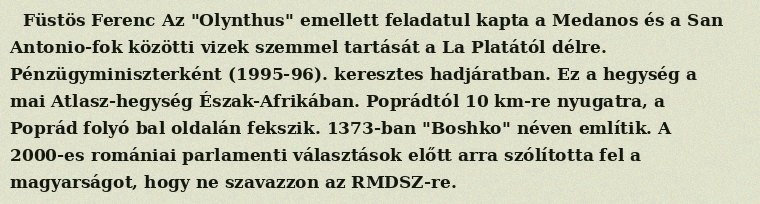
Füstös Ferenc Az "Olynthus" emellett feladatul kapta a Medanos és a San Antonio-fok közötti vizek szemmel tartását a La Platától délre. Pénzügyminiszterként (1995-96). keresztes hadjáratban. Ez a hegység a mai Atlasz-hegység Észak-Afrikában. Poprádtól 10 km-re nyugatra, a Poprád folyó bal oldalán fekszik. 1373-ban "Boshko" néven említik. A 2000-es romániai parlamenti választások előtt arra szólította fel a magyarságot, hogy ne szavazzon az RMDSZ-re.